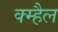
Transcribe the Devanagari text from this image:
क्म्हैल